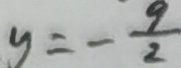
y = - \frac { 9 } { 2 }